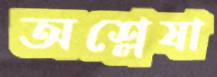
অশ্লেষা